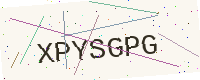
Text: XPYSGPG